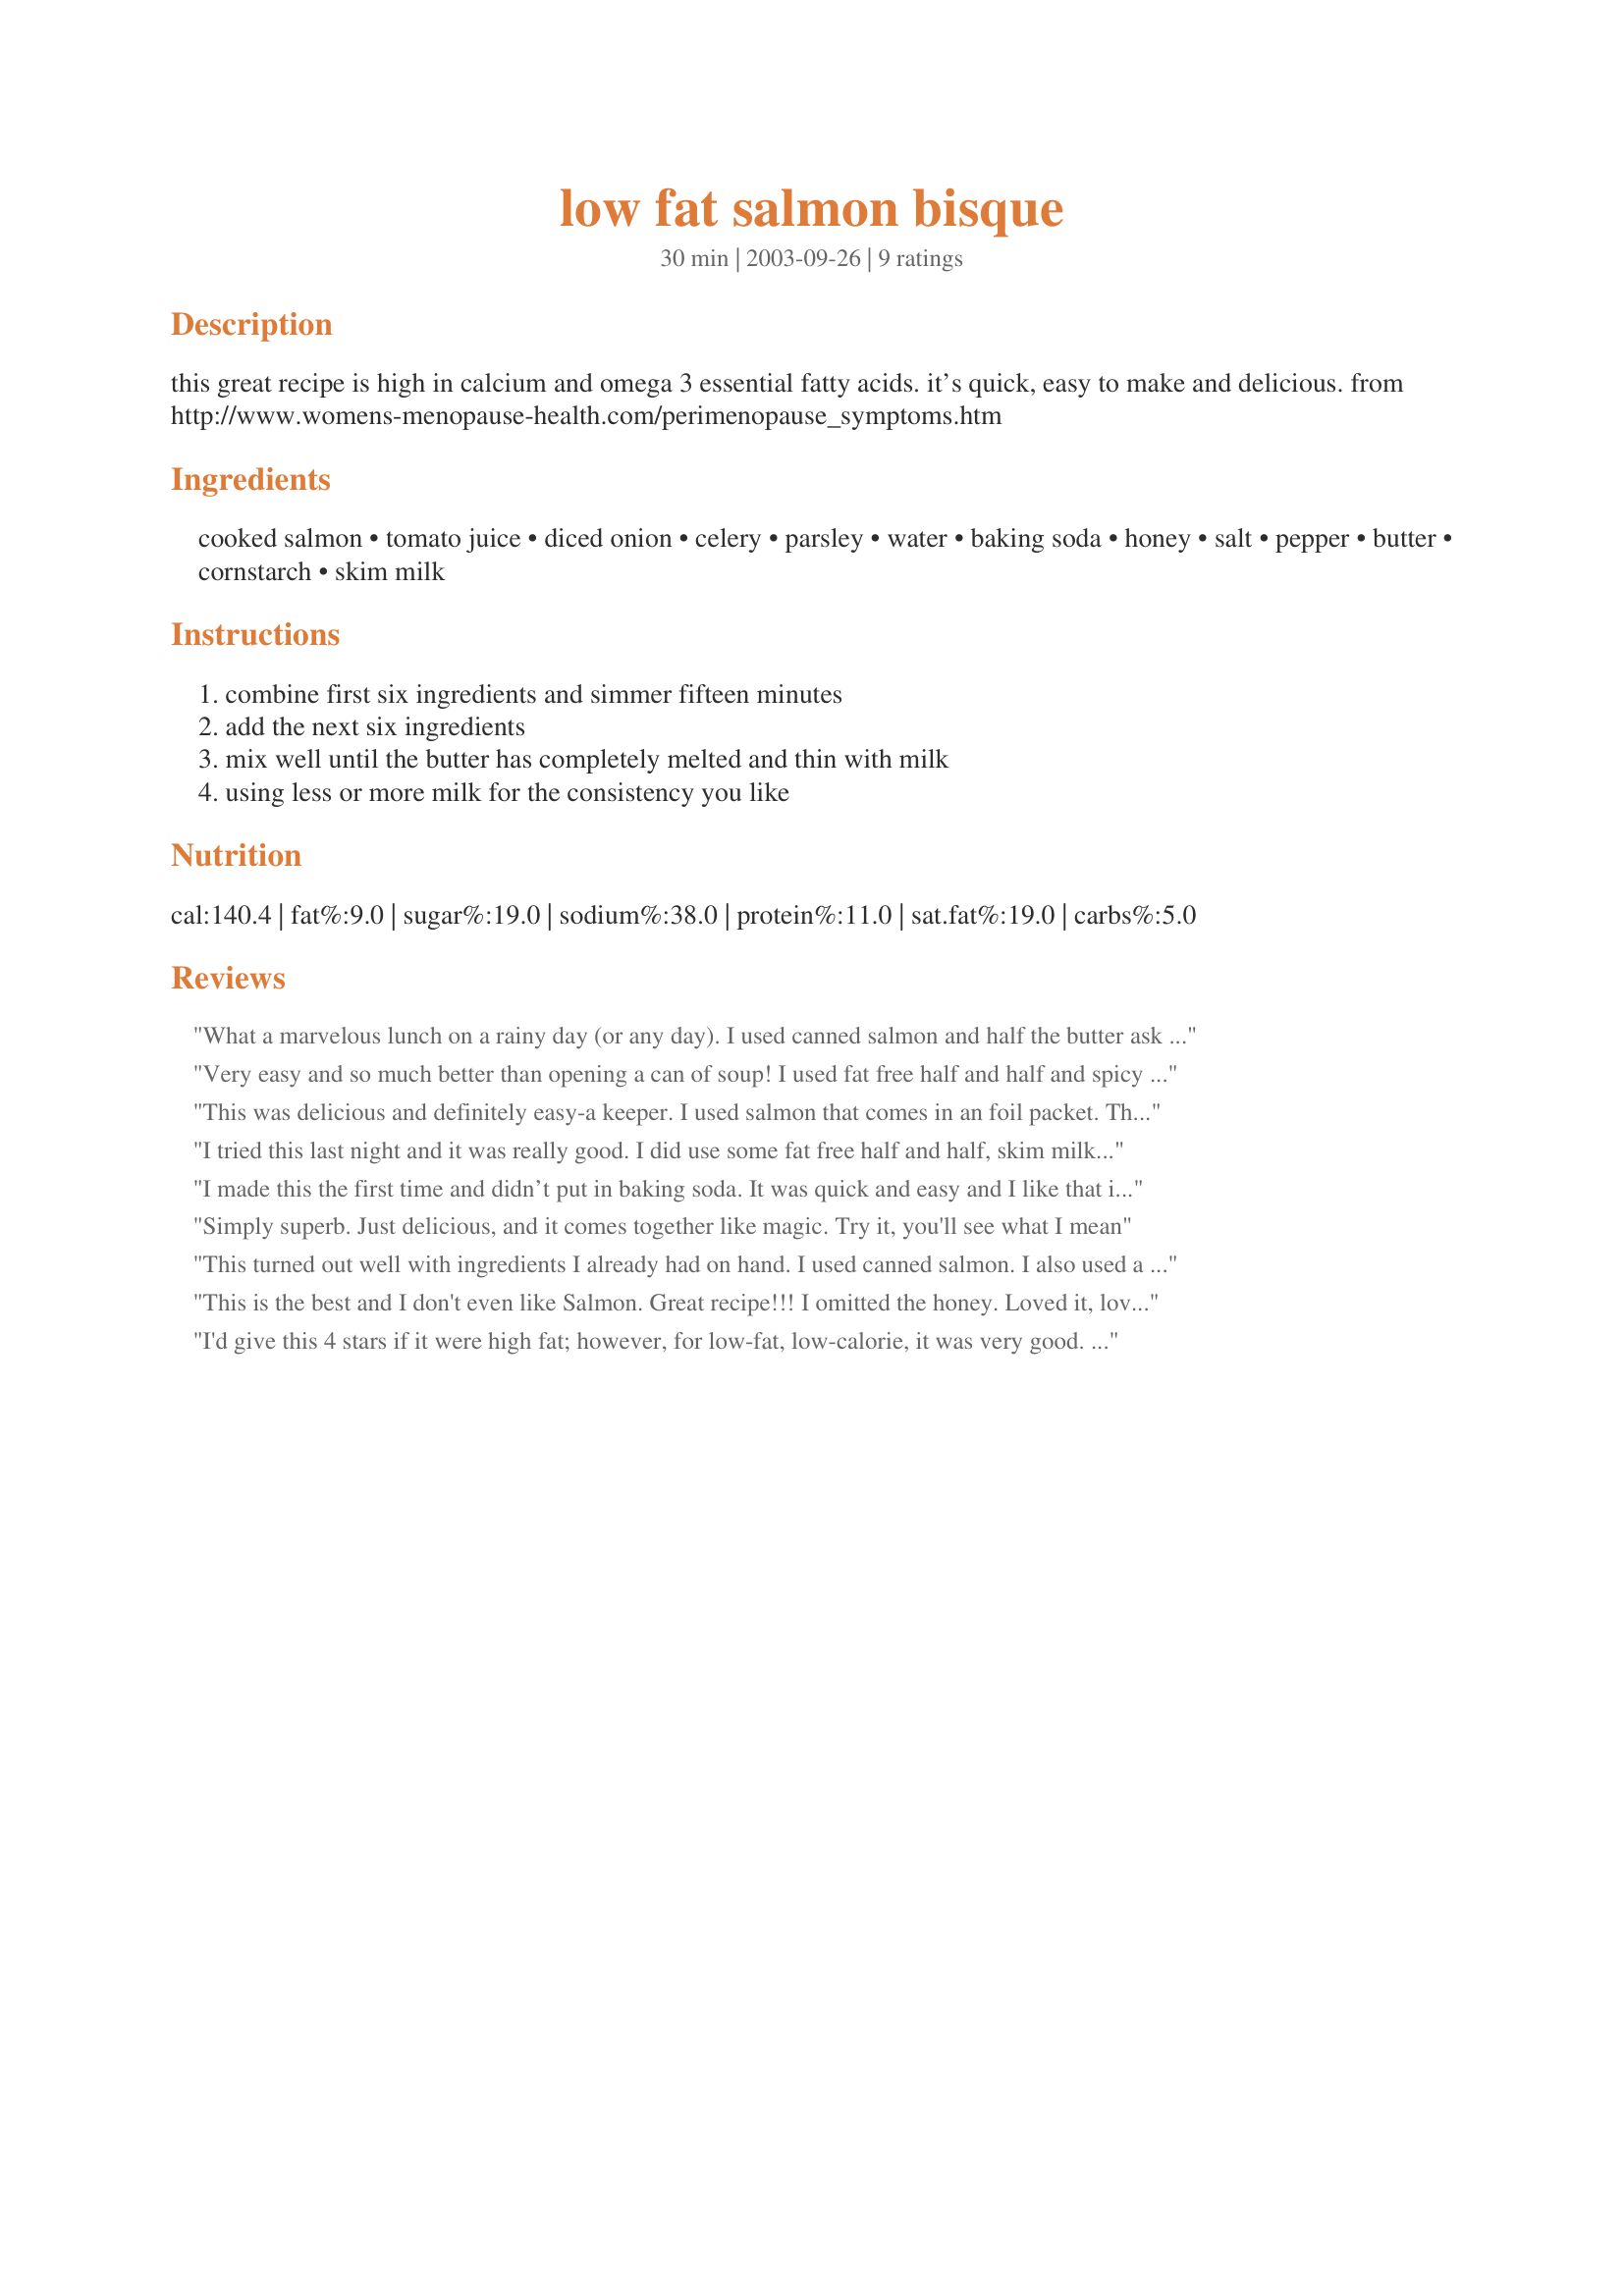
low fat salmon bisque
Preparation time: 30 minutes

this great recipe is high in calcium and omega 3 essential fatty acids. it’s quick, easy to make and delicious. from http://www.womens-menopause-health.com/perimenopause_symptoms.htm

Ingredients:
cooked salmon, tomato juice, diced onion, celery, parsley, water, baking soda, honey, salt, pepper, butter, cornstarch, skim milk

Steps:
combine first six ingredients and simmer fifteen minutes, add the next six ingredients, mix well until the butter has completely melted and thin with milk, using less or more milk for the consistency you like

Reviews:
What a marvelous lunch on a rainy day (or any day). I used canned salmon and half the butter ask for. I used regular V8 for the tomato juice because that is what I had. The color is lovely and, to me, it's a rich soup with good flavor depth that comes together quickly. Thank you Rita for a healthy and very good soup. Made for ZWT3
Very easy and so much better than opening a can of soup! I used fat free half and half and spicy V8. Highly recommended!
This was delicious and definitely easy-a keeper. I used salmon that comes in an foil packet. The only change I will make next time is half the salt. Thank you for sharing, Rita.
I tried this last night and it was really good. I did use some fat free half and half, skim milk, and canned salmon. A friend was there when I was making this and she wanted the recipe after she tasted it. This is quick to put together, usually have all the ingredients type meal. I will have leftovers tonight with a nice salad. This is a Great recipe. Thanks!
I made this the first time and didn’t put in baking soda. It was quick and easy and I like that it was low cal and nutritious however, the second time I made it I put the baking soda in and it so drastically changed the taste that it was inedible!!!! Seriously!!!! I thought it was just me but my family tasted it and we all agreed. Just thought I needed to warn others!
Simply superb. Just delicious, and it comes together like magic. Try it, you'll see what I mean
This turned out well with ingredients I already had on hand. I used canned salmon. I also used a generic Clamato juice that I had in the pantry instead of plain tomato juice. I whisked the cornstarch and baking powder with a little of the milk before adding it so it wouldn't make lumps.
This is the best and I don't even like Salmon. Great recipe!!! I omitted the honey. Loved it, loved it. The ingredients states corn starch, but in step 2 it calls for corn syrup. I opted on the cornstarch. Thank you, Alice
I'd give this 4 stars if it were high fat; however, for low-fat, low-calorie, it was very good. I used Spicy V-8 juice in place ot tomato juice, 'cause that's what I had on hand. I also used canned salmon, undrained, which may be why I thought the bisque should have been a little thicker - or perhaps I should have cut back on the milk. A delicious flavor - didn't taste low-fat at all. I think this would be a good base for a variety of seafood, such as crab, shrimp, etc. Thanks for a good recipe, Rita.
